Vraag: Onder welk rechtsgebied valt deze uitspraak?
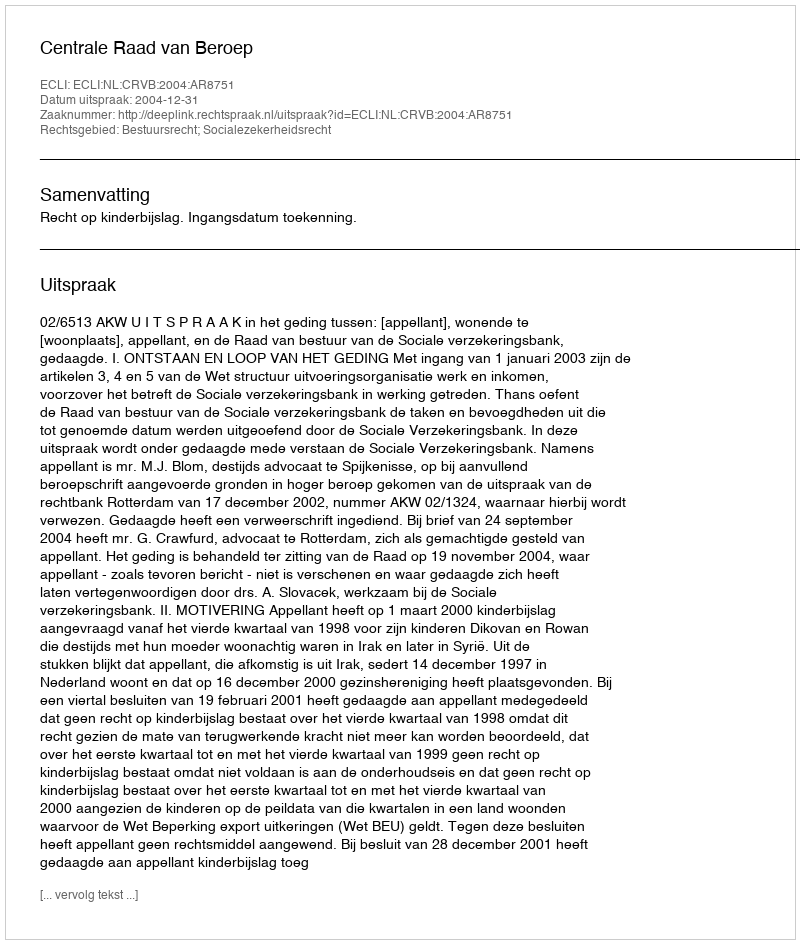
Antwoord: Bestuursrecht; Socialezekerheidsrecht